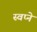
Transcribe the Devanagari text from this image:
स्वप्‍ने